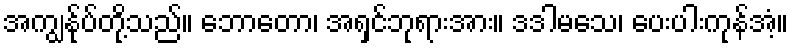
အကျွန်ုပ်တို့သည်။ ဘောတော၊ အရှင်ဘုရားအား။ ဒဒါမသေ၊ ပေးပါးကုန်အံ့။